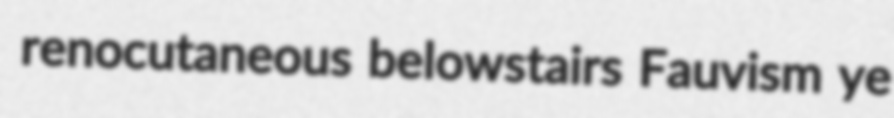
renocutaneous belowstairs Fauvism ye